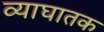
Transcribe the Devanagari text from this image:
व्याघातक